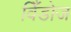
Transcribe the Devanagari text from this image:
विँडोज